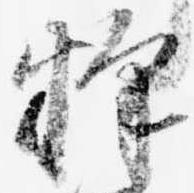
釈